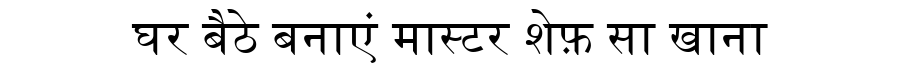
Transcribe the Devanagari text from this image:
घर बैठे बनाएं मास्टर शेफ़ सा खाना